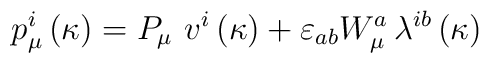
p_\mu ^i\left( \kappa \right) =P_\mu \,\,v^i\left( \kappa \right)+\varepsilon _{ab}W_\mu ^a\,\lambda ^{ib}\left( \kappa \right)